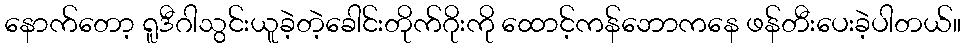
နောက်တော့ ရူဒီဂါသွင်းယူခဲ့တဲ့ခေါင်းတိုက်ဂိုးကို ထောင့်ကန်ဘောကနေ ဖန်တီးပေးခဲ့ပါတယ်။